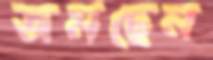
জমছেন